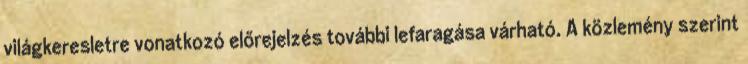
világkeresletre vonatkozó előrejelzés további lefaragása várható. A közlemény szerint